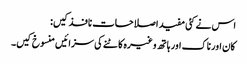
اس نے کئی مفید اصلاحات نافذ کیں:
کان اور ناک اور ہاتھ وغیرہ کاٹنے کی سزائیں منسوخ کیں۔